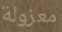
معزولة